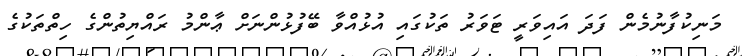
މަނިކުފާނުމެން ފަދަ އައިވަރީ ޓަވަރު ތަކުގައި އުޅުއްވާ ބޭފުޅުންނަށް ޢާންމު ރައްޔިތުންގެ ހިތްތަކުގެ